Sanitation, dispensaries and jails vaccination Rajputana 1922-1927 - 1922-1927
Year: 1922
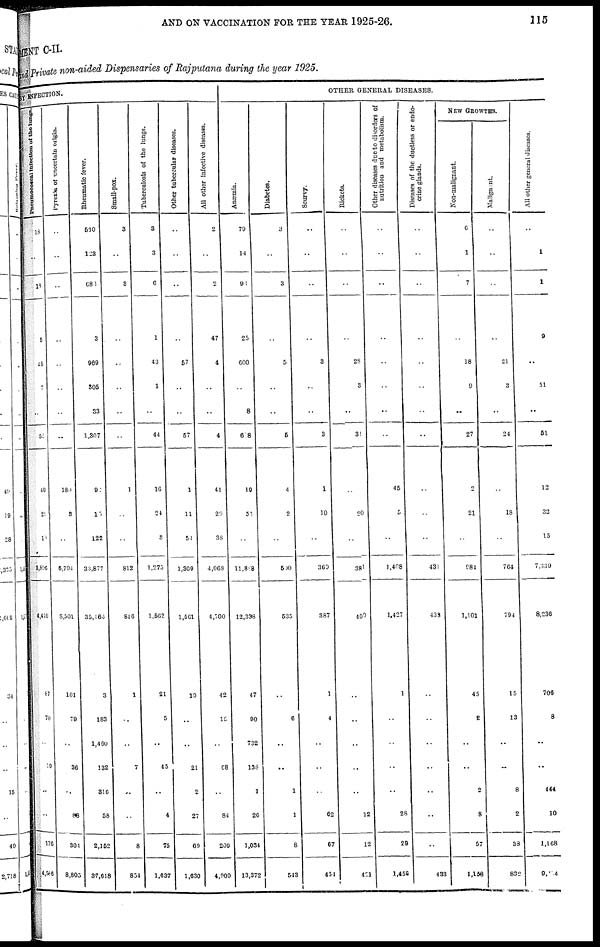
AND ON VACCINATION FOR THE YEAR 1925-26.
115
MENT C-II
and Private non-aided Dispensaries of Rajputana during the year 1925.
BY INFECTION
Pneumococcal Infection of the lungs.
18
..
18
5
65
7
..
52
40
21
10
3,896
4,410
87
70
..
19
..
..
176
4,586
Pyrexia of uncertain origin.
..
..
..
..
..
..
..
..
180
3
..
6,794
8,501
101
79
..
36
..
88
301
8,805
Rheumatic fever.
560
123
683
3
969
305
33
1,307
92
15
122
33,877
35,466
3
183
1,460
132
316
58
2,152
37,618
Small-pox.
3
..
3
..
..
..
..
..
1
..
..
812
846
1
..
..
7
..
..
8
854
Tuberculosis of the lungs.
3
3
6
1
43
1
..
44
16
24
3
1,273
1,562
21
5
..
45
..
4
75
1,637
Other tubercular diseases.
..
..
..
..
57
..
..
57
1
11
54
1,369
1,561
10
..
..
21
2
27
69
1,630
All other Infective diseases.
2
..
2
47
4
..
..
4
41
29
38
4,068
4,700
42
15
..
68
..
84
209
4,909
OTHER GENERAL DISEASES.
Anœmia
79
14
93
25
600
..
8
608
19
53
..
11,808
12,338
47
90
732
138
1
26
1,034
13,372
Diabetes.
3
..
3
..
5
..
..
5
4
2
..
500
535
..
6
..
..
1
1
8
543
Scurvy.
..
..
..
..
3
..
..
3
1
10
..
369
387
1
4
..
..
..
62
67
454
Rickets.
..
..
..
..
28
3
..
31
..
20
..
381
400
..
..
..
..
..
12
12
421
Other diseases due to disorders of
nutrition and metabolism.
..
..
..
..
..
..
..
..
45
5
..
1,408
1,427
1
..
..
..
..
28
29
1,456
Diseases of the ductless or endo-
crine glands.
..
..
..
..
..
..
..
..
..
..
..
431
433
..
..
..
..
..
..
..
433
NEW GROWTHS.
Non-malignant.
6
1
7
..
18
9
..
27
2
21
..
984
1,101
45
2
..
..
2
3
57
1,158
Malignant.
..
..
..
..
21
3
..
24
..
18
..
764
794
15
13
..
..
8
2
38
832
All other general diseases.
..
1
1
9
..
51
..
51
12
32
15
7,339
8,236
706
8
..
..
444
10
1,168
9,004